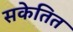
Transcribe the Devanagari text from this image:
सकेतित